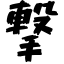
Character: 撃